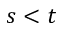
s < t